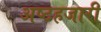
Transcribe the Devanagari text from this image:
अष्टहजारी